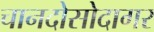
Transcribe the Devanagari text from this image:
चानदोसोदागर